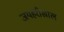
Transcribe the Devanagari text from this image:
जयहरीखाल